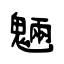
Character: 魎